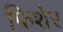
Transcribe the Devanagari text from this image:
फिशेर